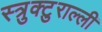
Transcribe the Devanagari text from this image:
स्त्रुक्टुराल्ली